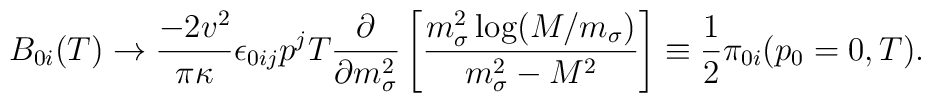
B_{0i}(T) \rightarrow \frac{-2 v^2}{\pi \kappa} \epsilon_{0ij} p^j T \frac{\partial}{\partial m_{\sigma}^2}\left[\frac{m_{\sigma}^2 \log(M/m_{\sigma})}{m_{\sigma}^2 - M^2}\right] \equiv \frac{1}{2} {\cal{\pi}}_{0i} (p_0=0,T).